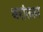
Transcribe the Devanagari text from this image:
थरांतला